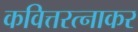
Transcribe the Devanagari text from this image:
कवित्तरत्नाकर